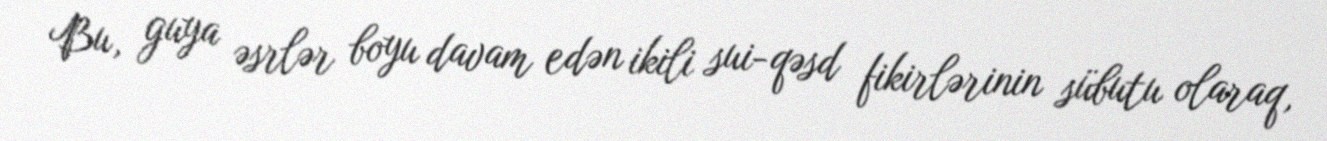
Bu, guya əsrlər boyu davam edən ikili sui-qəsd fikirlərinin sübutu olaraq,